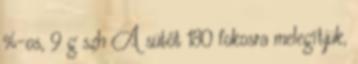
%-os, 9 g szh A sütőt 180 fokosra melegítjük,